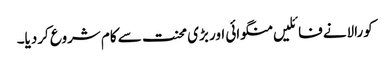
کورالانے فائلیں منگوائی اور بڑی محنت سے کام شروع کردیا۔